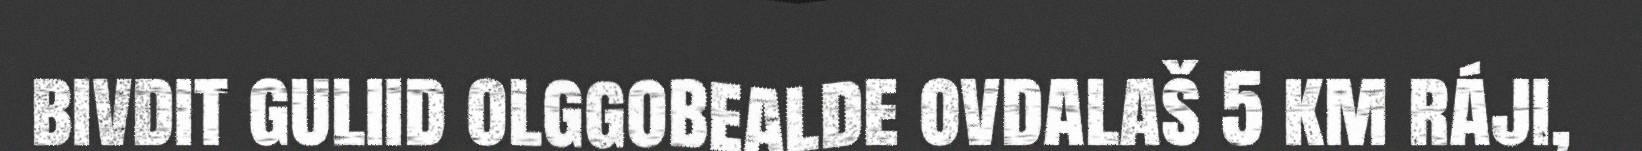
bivdit guliid olggobealde ovdalaš 5 km ráji,